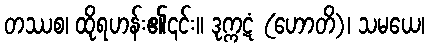
တဿစ၊ ထိုရဟန်း၏၎င်း။ ဒုက္ကဋံ (ဟောတိ)၊ သမယေ၊